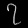
Digit: ၇